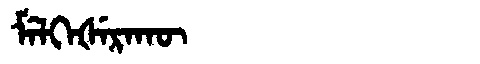
Manchu: ᠮᡝᠯᡴᡝᡧᡝᡵᠠᡴᡡ
Romanization: MELKEŠERAKŪ